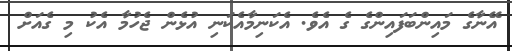
އޭނާގެ މައިންބަފައިންގެ ގެ އެވެ. އެކަނިމާއެކަނި އުޅެން ޖެހުމާ އެކު މި ގެއަށް